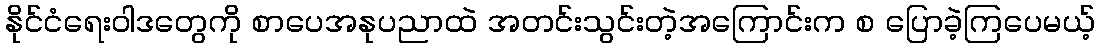
နိုင်ငံရေးဝါဒတွေကို စာပေအနုပညာထဲ အတင်းသွင်းတဲ့အကြောင်းက စ ပြောခဲ့ကြပေမယ့်